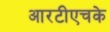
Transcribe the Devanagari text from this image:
आरटीएचके